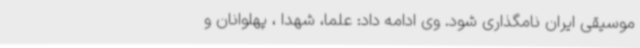
موسیقی ایران نامگذاری شود. وی ادامه داد: علما، شهدا ، پهلوانان و